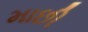
માછી